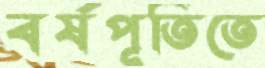
বর্ষপূতিতে